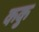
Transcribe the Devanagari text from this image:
ककु